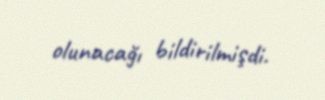
olunacağı bildirilmişdi.